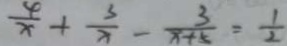
\frac { 4 } { x } + \frac { 3 } { x } - \frac { 3 } { x + 5 } = \frac { 1 } { 2 }